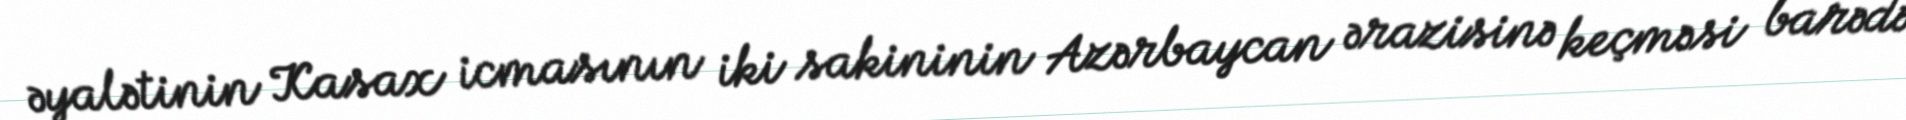
əyalətinin Kasax icmasının iki sakininin Azərbaycan ərazisinə keçməsi barədə